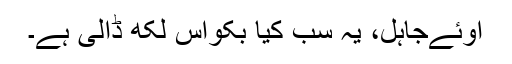
اوئےجاہل، یہ سب کیا بکواس لکھ ڈالی ہے۔